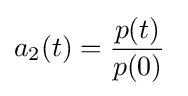
a_{2}(t)={\frac {p(t)}{p(0)}}\